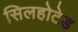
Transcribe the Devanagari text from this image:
सिलहोटेड